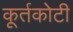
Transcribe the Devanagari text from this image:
कूर्तकोटी